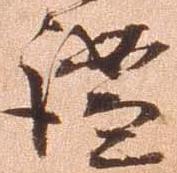
謐